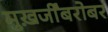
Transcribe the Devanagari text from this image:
मुख़र्जींबरोबर